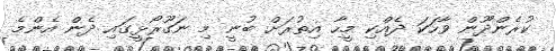
ކުރެންދޫން ވާހަކަ ދެއްކި މީހާ އިތުރަށް ބުނީ މި ނަގޫރޯޅީގައި ދެން އެންމެ